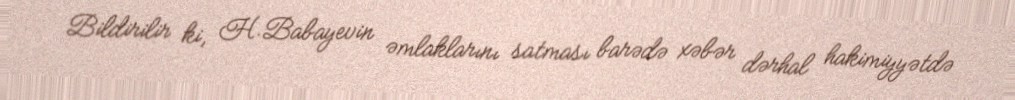
Bildirilir ki, H.Babayevin əmlaklarını satması barədə xəbər dərhal hakimiyyətdə